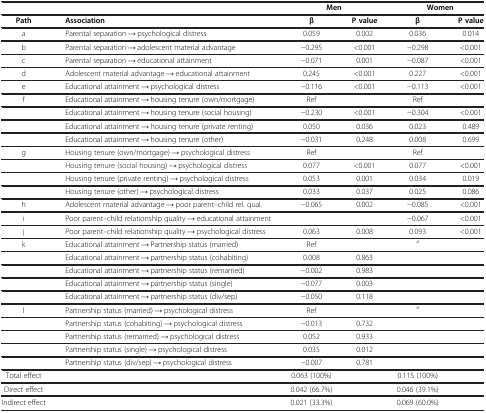
<table><thead><tr><td><b> </b></td><td><b> </b></td><td colspan="2"><b>Men</b></td><td colspan="2"><b>Women</b></td></tr></thead><tbody><tr><td><b>Path</b></td><td><b>Association</b></td><td><b>β</b></td><td><b>P value</b></td><td><b>β</b></td><td><b>P value</b></td></tr><tr><td>a</td><td>Parental separation → psychological distress</td><td>0.059</td><td>0.002</td><td>0.036</td><td>0.014</td></tr><tr><td>b</td><td>Parental separation → adolescent material advantage</td><td>−0.295</td><td>&lt;0.001</td><td>−0.298</td><td>&lt;0.001</td></tr><tr><td>c</td><td>Parental separation → educational attainment</td><td>−0.071</td><td>0.001</td><td>−0.087</td><td>&lt;0.001</td></tr><tr><td>d</td><td>Adolescent material advantage → educational attainment</td><td>0.245</td><td>&lt;0.001</td><td>0.227</td><td>&lt;0.001</td></tr><tr><td>e</td><td>Educational attainment → psychological distress</td><td>−0.116</td><td>&lt;0.001</td><td>−0.113</td><td>&lt;0.001</td></tr><tr><td>f</td><td>Educational attainment → housing tenure (own/mortgage)</td><td>Ref</td><td> </td><td>Ref</td><td> </td></tr><tr><td> </td><td>Educational attainment → housing tenure (social housing)</td><td>−0.230</td><td>&lt;0.001</td><td>−0.304</td><td>&lt;0.001</td></tr><tr><td> </td><td>Educational attainment → housing tenure (private renting)</td><td>0.050</td><td>0.036</td><td>0.023</td><td>0.489</td></tr><tr><td> </td><td>Educational attainment → housing tenure (other)</td><td>−0.031</td><td>0.248</td><td>0.008</td><td>0.699</td></tr><tr><td>g</td><td>Housing tenure (own/mortgage) → psychological distress</td><td>Ref</td><td> </td><td>Ref</td><td> </td></tr><tr><td> </td><td>Housing tenure (social housing) → psychological distress</td><td>0.077</td><td>&lt;0.001</td><td>0.077</td><td>&lt;0.001</td></tr><tr><td> </td><td>Housing tenure (private renting) → psychological distress</td><td>0.053</td><td>0.001</td><td>0.034</td><td>0.019</td></tr><tr><td> </td><td>Housing tenure (other) → psychological distress</td><td>0.033</td><td>0.037</td><td>0.025</td><td>0.086</td></tr><tr><td>h</td><td>Adolescent material advantage → poor parent–child rel. qual.</td><td>−0.065</td><td>0.002</td><td>−0.085</td><td>&lt;0.001</td></tr><tr><td>i</td><td>Poor parent–child relationship quality → educational attainment</td><td> </td><td> </td><td>−0.067</td><td>&lt;0.001</td></tr><tr><td>j</td><td>Poor parent–child relationship quality → psychological distress</td><td>0.063</td><td>0.008</td><td>0.093</td><td>&lt;0.001</td></tr><tr><td>k</td><td>Educational attainment → Partnership status (married)</td><td>Ref</td><td> </td><td><sup>a</sup></td><td> </td></tr><tr><td> </td><td>Educational attainment → partnership status (cohabiting)</td><td>0.008</td><td>0.863</td><td> </td><td> </td></tr><tr><td> </td><td>Educational attainment → partnership status (remarried)</td><td>−0.002</td><td>0.983</td><td> </td><td> </td></tr><tr><td> </td><td>Educational attainment → partnership status (single)</td><td>−0.077</td><td>0.003</td><td> </td><td> </td></tr><tr><td> </td><td>Educational attainment → partnership status (div/sep)</td><td>−0.050</td><td>0.118</td><td> </td><td> </td></tr><tr><td>l</td><td>Partnership status (married) → psychological distress</td><td>Ref</td><td> </td><td><sup>a</sup></td><td> </td></tr><tr><td> </td><td>Partnership status (cohabiting) → psychological distress</td><td>−0.013</td><td>0.732</td><td> </td><td> </td></tr><tr><td> </td><td>Partnership status (remarried) → psychological distress</td><td>0.052</td><td>0.933</td><td> </td><td> </td></tr><tr><td> </td><td>Partnership status (single) → psychological distress</td><td>0.035</td><td>0.012</td><td> </td><td> </td></tr><tr><td> </td><td>Partnership status (div/sep) → psychological distress</td><td>−0.007</td><td>0.781</td><td> </td><td> </td></tr><tr><td>Total effect</td><td> </td><td>0.063 (100%)</td><td> </td><td>0.115 (100%)</td><td> </td></tr><tr><td>Direct effect</td><td> </td><td>0.042 (66.7%)</td><td> </td><td>0.046 (39.1%)</td><td> </td></tr><tr><td>Indirect effect</td><td> </td><td>0.021 (33.3%)</td><td> </td><td>0.069 (60.0%)</td><td> </td></tr></tbody></table>